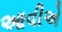
આવીએ